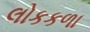
લોકકળા